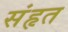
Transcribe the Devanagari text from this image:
संहृत